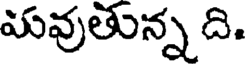
మవుతున్న ది.